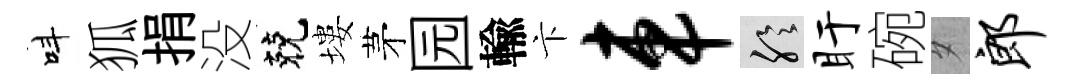
呌狐捐没兢塿茅园輸卞车聆盱碗夕郎